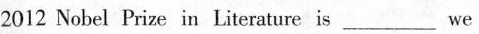
2012 Nobel Prize in Literature is ___ we